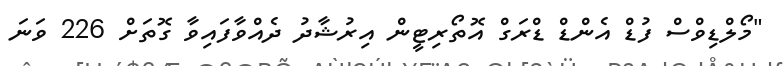
"މޯލްޑިވްސް ފުޑް އެންޑް ޑްރަގް އޮތޯރިޓީން އިރުޝާދު ދެއްވާފައިވާ ގޮތަށް 226 ވަނަ